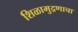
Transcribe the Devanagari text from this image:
शिळामुद्रणाचा